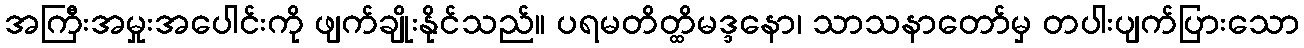
အကြီးအမှုးအပေါင်းကို ဖျက်ချိုးနိုင်သည်။ ပရမတိတ္ထိမဒ္ဒနော၊ သာသနာတော်မှ တပါးပျက်ပြားသော